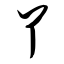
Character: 丫